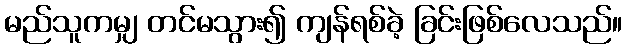
မည်သူကမျှ တင်မသွား၍ ကျန်ရစ်ခဲ့ ခြင်းဖြစ်လေသည်။